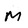
Character: M